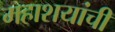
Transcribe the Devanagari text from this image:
महाशयांची